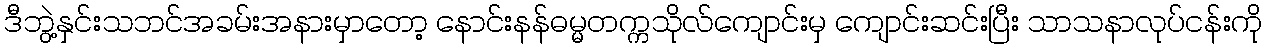
ဒီဘွဲ့နှင်းသဘင်အခမ်းအနားမှာတော့ နောင်းနန်ဓမ္မတက္ကသိုလ်ကျောင်းမှ ကျောင်းဆင်းပြီး သာသနာလုပ်ငန်းကို